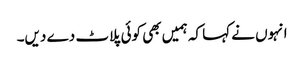
انہوں نے کہا کہ ہمیں بھی کوئی پلاٹ دے دیں۔